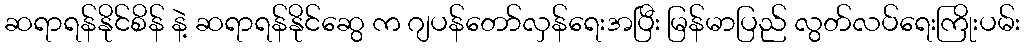
ဆရာရန်နိုင်စိန် နဲ့ ဆရာရန်နိုင်ဆွေ က ဂျပန်တော်လှန်ရေးအပြီး မြန်မာပြည် လွတ်လပ်ရေးကြိုးပမ်း